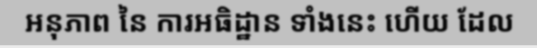
អនុភាព នៃ ការអធិដ្ឋាន ទាំងនេះ ហើយ ដែល